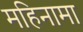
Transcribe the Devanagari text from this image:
महिनामा